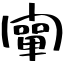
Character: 闡